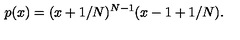
p ( x ) = ( x + 1 / N ) ^ { N - 1 } ( x - 1 + 1 / N ) .